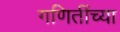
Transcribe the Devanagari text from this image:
गणितींच्या